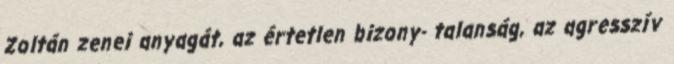
Zoltán zenei anyagát, az értetlen bizony- talanság, az agresszív